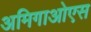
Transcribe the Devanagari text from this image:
अमिगाओएस